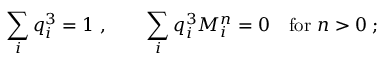
\sum _ { i } q _ { i } ^ { 3 } = 1 \; , \quad \quad \sum _ { i } q _ { i } ^ { 3 } M _ { i } ^ { n } = 0 \quad \mathrm { f o r } \ n > 0 \; ;